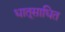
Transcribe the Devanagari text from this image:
धातूसाधित